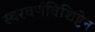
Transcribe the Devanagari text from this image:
स्वरवर्णविशिष्टेन